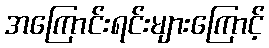
အကြောင်းရင်းများကြောင့်